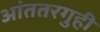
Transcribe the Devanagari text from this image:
आंततरगुही